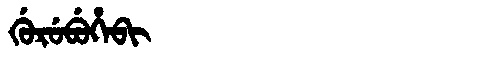
Manchu: ᡤᡠᡵᡠᠪᡠᡥᡝᠪᡳ
Romanization: GURUBUHEBI